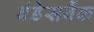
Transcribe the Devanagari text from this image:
बंडेसबैंक